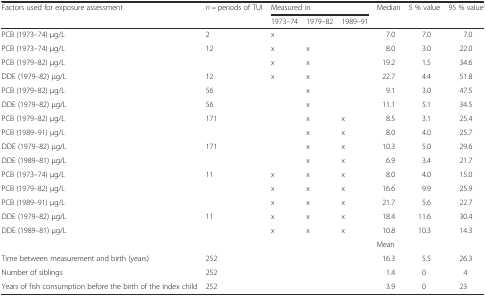
| <ROWSPAN=2> Factors used for exposure assessment | <ROWSPAN=2> n = periods of TUI | <COLSPAN=3> Measured in | <ROWSPAN=2> Median | <ROWSPAN=2> 5 % value | <ROWSPAN=2> 95 % value |
 | 1973–74 | 1979–82 | 1989–91 |
 | --- | --- | --- | --- | --- | --- | --- | --- |
 | PCB (1973–74) μg/L | 2 | x |  |  | 7.0 | 7.0 | 7.0 |
 | PCB (1973–74) μg/L | <ROWSPAN=2> 12 | x | x |  | 8.0 | 3.0 | 22.0 |
 | PCB (1979–82) μg/L | x | x |  | 19.2 | 1.5 | 34.6 |
 | DDE (1979–82) μg/L | 12 | x | x |  | 22.7 | 4.4 | 51.8 |
 | PCB (1979–82) μg/L | 56 |  | x |  | 9.1 | 3.0 | 47.5 |
 | DDE (1979–82) μg/L | 56 |  | x |  | 11.1 | 5.1 | 34.5 |
 | PCB (1979–82) μg/L | <ROWSPAN=2> 171 |  | x | x | 8.5 | 3.1 | 25.4 |
 | PCB (1989–91) μg/L |  | x | x | 8.0 | 4.0 | 25.7 |
 | DDE (1979–82) μg/L | <ROWSPAN=2> 171 |  | x | x | 10.3 | 5.0 | 29.6 |
 | DDE (1989–81) μg/L |  | x | x | 6.9 | 3.4 | 21.7 |
 | PCB (1973–74) μg/L | <ROWSPAN=3> 11 | x | x | x | 8.0 | 4.0 | 15.0 |
 | PCB (1979–82) μg/L | x | x | x | 16.6 | 9.9 | 25.9 |
 | PCB (1989–91) μg/L | x | x | x | 21.7 | 5.6 | 22.7 |
 | DDE (1979–82) μg/L | <ROWSPAN=2> 11 | x | x | x | 18.4 | 11.6 | 30.4 |
 | DDE (1989–81) μg/L | x | x | x | 10.8 | 10.3 | 14.3 |
 |  |  | <COLSPAN=3>  | Mean |  |  |
 | Time between measurement and birth (years) | 252 | <ROWSPAN=3-COLSPAN=3>  | 16.3 | 5.5 | 26.3 |
 | Number of siblings | 252 | 1.4 | 0 | 4 |
 | Years of fish consumption before the birth of the index child | 252 | 3.9 | 0 | 23 |